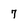
Character: 7